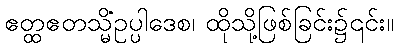
ဧတ္ထဧတသ္မိံဥပ္ပါဒေစ၊ ထိုသို့ဖြစ်ခြင်း၌၎င်း။